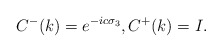
\begin{align*}C^-(k)=e^{- i c \sigma_3}, C^+(k)={I}.\end{align*}